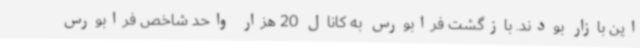
این بازار بودند. بازگشت فرابورس به کانال 20 هزار واحد شاخص فرابورس